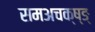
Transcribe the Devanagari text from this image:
समअचक्ष्ङ्